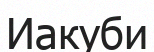
Иакуби